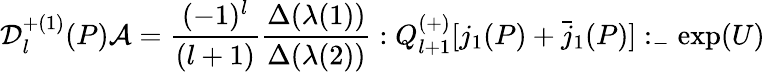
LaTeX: {\cal D}_{l}^{+(1)}(P){\cal A}=\frac{(-1)^{l}}{(l+1)}\frac{\Delta(\lambda(1))}{\Delta(\lambda(2))}:Q_{l+1}^{(+)}[j_{1}(P)+\bar{j}_{1}(P)]:_{-}\exp(U)